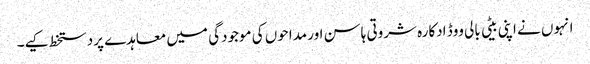
انہوں نے اپنی بیٹی بالی ووڈ ادکارہ شروتی ہاسن اور مداحوں کی موجودگی میں معاہدے پردستخط کیے۔